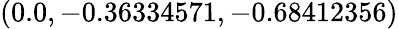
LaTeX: (0.0,-0.36334571,-0.68412356)